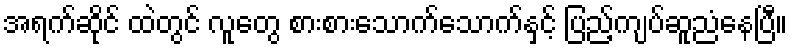
အရက်ဆိုင် ထဲတွင် လူတွေ စားစားသောက်သောက်နှင့် ပြည့်ကျပ်ဆူညံနေပြီ။